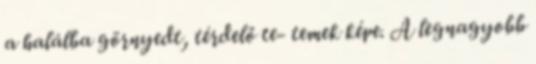
a halálba görnyedt, térdelő te- temek képe. A legnagyobb